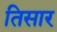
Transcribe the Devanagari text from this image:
तिसार